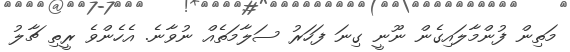
މަތިން ފުންމާލައިގެން ނޫނީ ގިނަ ފަހަރު ސަލާމަތެއް ނުވާނެ. އެހެންވެ ރީތި ޗާލު